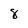
Character: 8